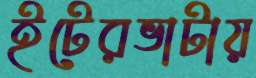
ইটেরভাটায়